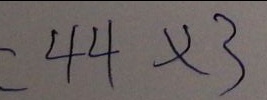
= 4 4 \times 3